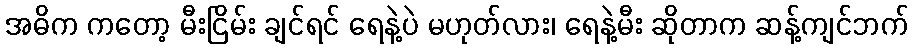
အဓိက ကတော့ မီးငြိမ်း ချင်ရင် ရေနဲ့ပဲ မဟုတ်လား၊ ရေနဲ့မီး ဆိုတာက ဆန့်ကျင်ဘက်